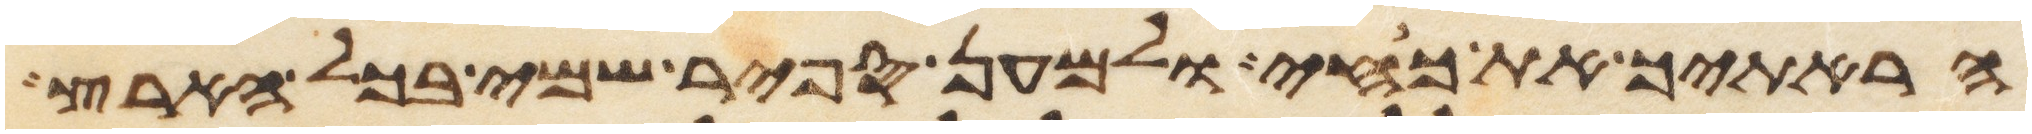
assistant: הראתיך את כחי ולמען ספר שמי בכל הארץ